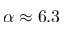
\alpha \approx 6 . 3